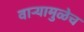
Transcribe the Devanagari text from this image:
वाऱ्यामुळेच